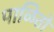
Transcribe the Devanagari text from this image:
पाळितो